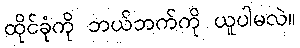
ထိုင်ခုံကို ဘယ်ဘက်ကို ယူပါမလဲ။